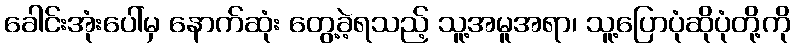
ခေါင်းအုံးပေါ်မှ နောက်ဆုံး တွေ့ခဲ့ရသည့် သူ့အမူအရာ၊ သူ့ပြောပုံဆိုပုံတို့ကို